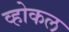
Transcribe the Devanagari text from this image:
व्होकल